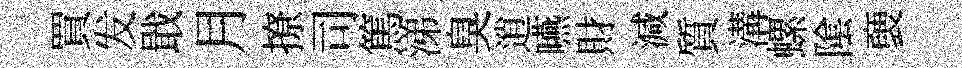
買发戢月撩司篤涕臭逍嚥財減質溝螺隂褏